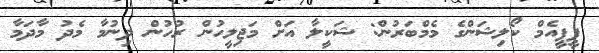
ޕީޕީއެމް ކޯލިޝަންގެ މެމްބަރުން: ޝަކީލާ އަށް މަޖިލީހުން ރުހުން ދިނުމާ މެދު މާދަމާ